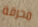
محرقة